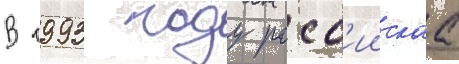
В 1993 году росс'иискаа